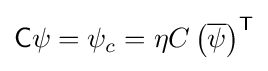
{\mathsf {C}}\psi =\psi _{c}=\eta C\left({\overline {\psi }}\right)^{\textsf {T}}